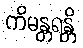
ကိမန္တရန္တိ